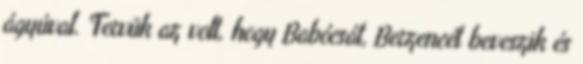
ágyúval. Tervük az volt, hogy Babócsát, Berzencét beveszik és